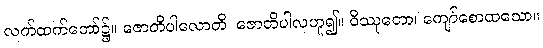
လက်ထက်တော်၌။ ဇောတိပါလောတိ၊ ဇောတိပါလဟူ၍။ ဝိဿုတော၊ ကျော်စောထသော။